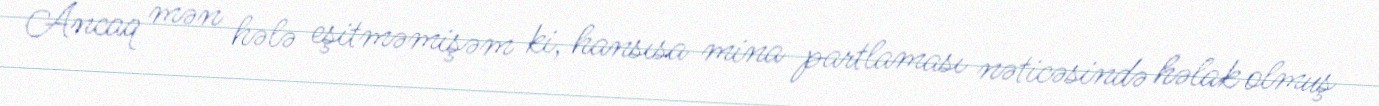
Ancaq mən hələ eşitməmişəm ki, hansısa mina partlaması nəticəsində həlak olmuş